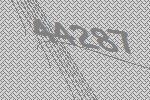
44287